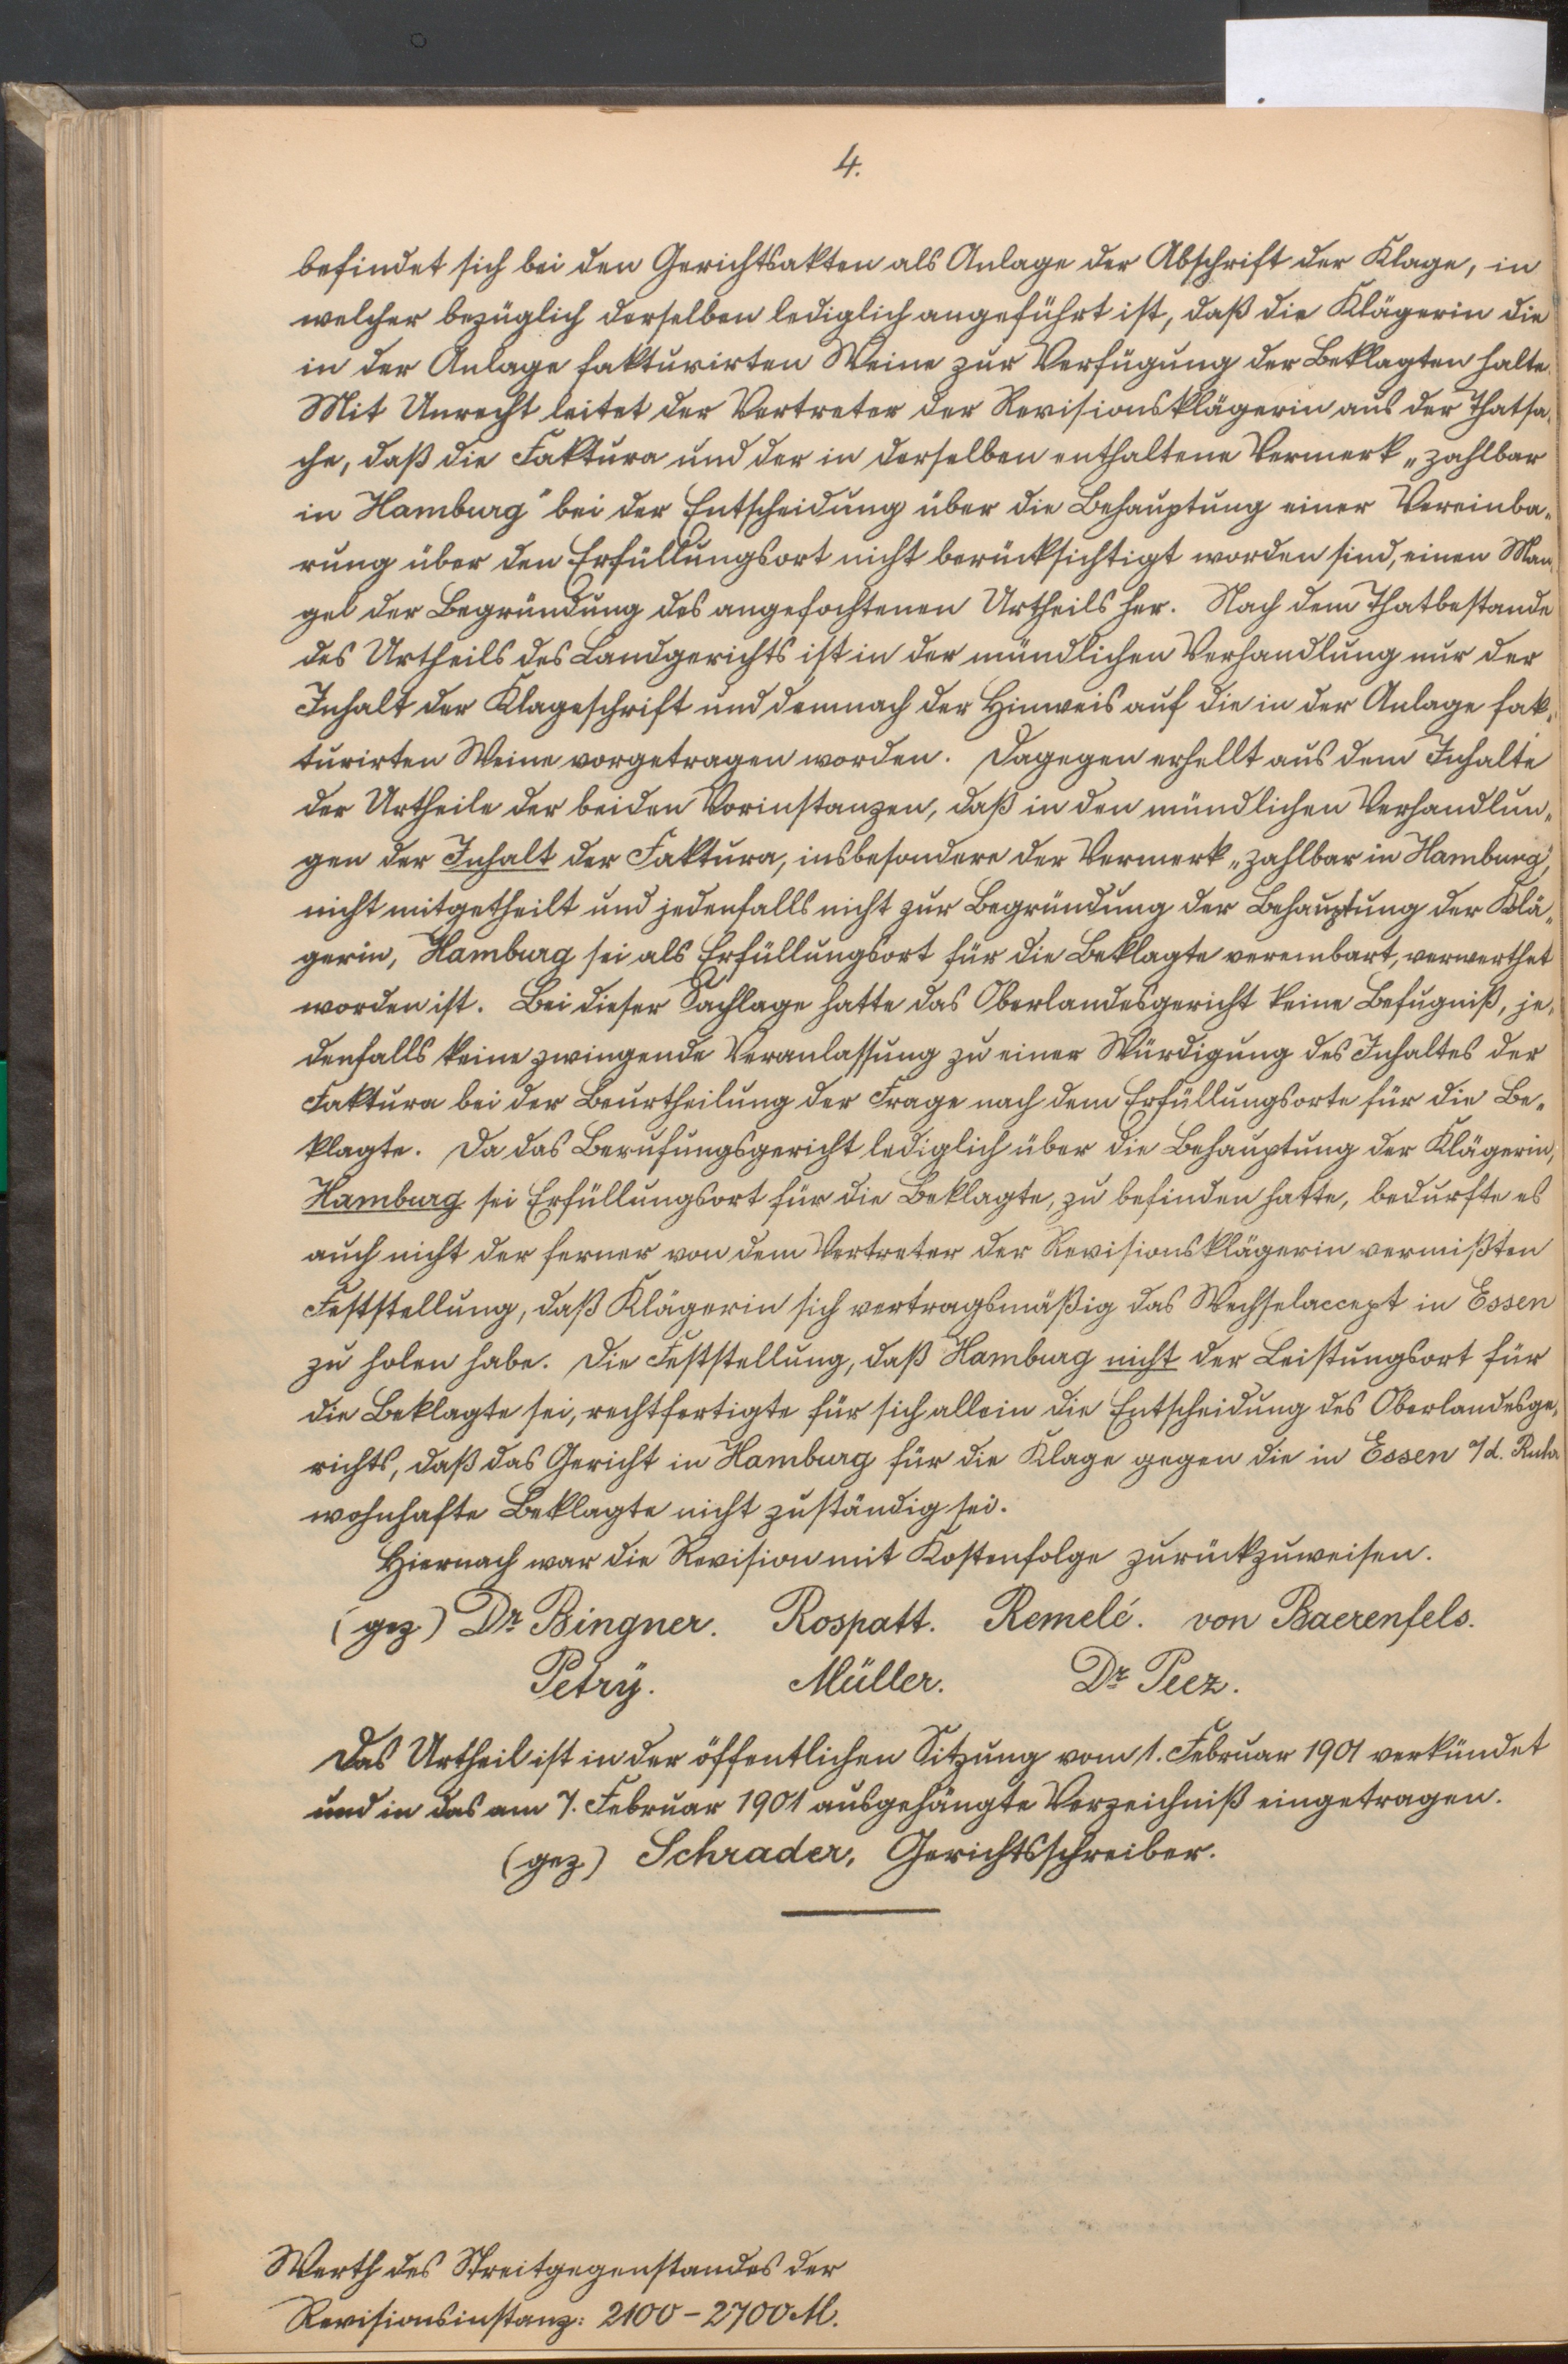
4.

befindet sich bei den Gerichtsakten als Anlage der Abschrift der Klage, in
welcher bezüglich derselben lediglich angeführt ist, daß die Klägerin die
in der Anlage fakturirten Weine zur Verfügung der Beklagten halte.
Mit Unrecht leitet der Vertreter der Revisionsklägerin aus der Thatsa¬
che, daß die Faktura und der in derselben enthaltene Vermerk „zahlbar
in Hamburg" bei der Entscheidung über die Behauptung einer Vereinba¬
rung über den Erfüllungsort nicht berücksichtigt worden sind, einen Man¬
gel der Begründung des angefochtenen Urtheils her. Nach dem Thatbestande
des Urtheils des Landgerichts ist in der mündlichen Verhandlung nur der
Inhalt der Klageschrift und demnach der Hinweis auf die in der Anlage fak¬
turirten Weine vorgetragen worden. Dagegen erhellt aus dem Inhalte
der Urtheile der beiden Vorinstanzen, daß in den mündlichen Verhandlun¬
gen der Inhalt der Faktura, insbesondere der Vermerk „zahlbar in Hamburg"
nicht mitgetheilt und jedenfalls nicht zur Begründung der Behauptung der Klä¬
gerin, Hamburg sei als Erfüllungsort für die Beklagte vereinbart, verwerthet
worden ist. Bei dieser Sachlage hatte das Oberlandesgericht keine Befugniß, je¬
denfalls keine zwingende Veranlassung zu einer Würdigung des Inhalts der
Faktura bei der Beurtheilung der Frage nach dem Erfüllungsorte für die Be¬
klagte. Da das Berufungsgericht lediglich über die Behauptung der Klägerin,
Hamburg sei Erfüllungsort für die Beklagte, zu befinden hatte, bedurfte es
auch nicht der ferner von dem Vertreter der Revisionsklägerin vermißten
Feststellung, daß Klägerin sich vertragsmäßig das Wechselaccept in Essen
zu holen habe. Die Feststellung, daß Hamburg nicht der Leistungsort für
die Beklagte sei, rechtfertigte für sich allein die Entscheidung des Oberlandesge¬
richts, daß das Gericht in Hamburg für die Klage gegen die in Essen a/d. Ruhr
wohnhafte Beklagte nicht zuständig sei.
Hiernach war die Revision mit Kostenfolge zurückzuweisen.
(gez.) Dr. Bingner. Rospatt. Remelé. von Baerenfels.
Petrÿ. Müller. Dr. Peez.
Das Urtheil ist in der öffentlichen Sitzung vom 1. Februar 1901 verkündet
und in das am 7. Februar 1901 ausgehängte Verzeichniß eingetragen.
(gez) Schrader, Gerichtsschreiber.

Werth des Streitgegenstandes der
Revisionsinstanz: 2100-2700 M.